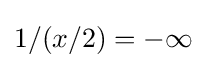
1/(x/2)=-\infty